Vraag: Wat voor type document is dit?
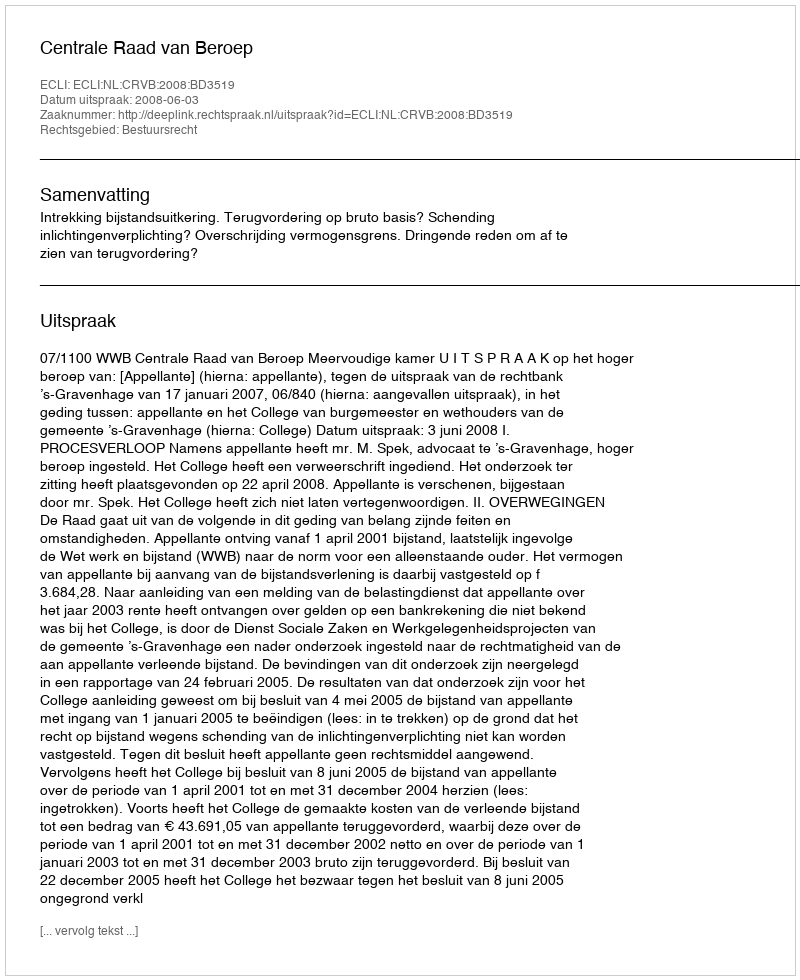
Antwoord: Uitspraak